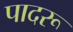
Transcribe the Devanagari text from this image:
पादरू